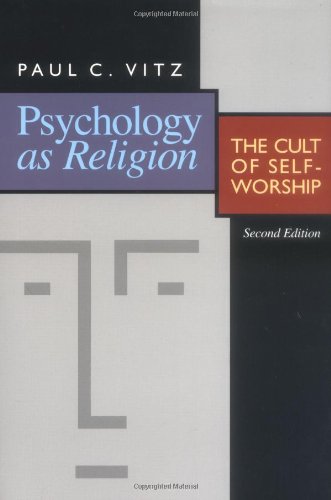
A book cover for Psychology as Religion: The Cult of Self-Worship; Paul C. Vitz; Religion & Spirituality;